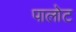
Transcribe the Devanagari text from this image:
पालोट